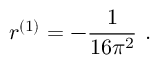
r ^ { ( 1 ) } = - \frac { 1 } { 1 6 \pi ^ { 2 } } \ .